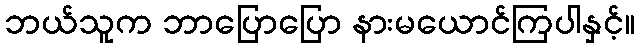
ဘယ်သူက ဘာပြောပြော နားမယောင်ကြပါနှင့်။